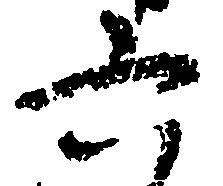
六